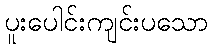
ပူးပေါင်းကျင်းပသော